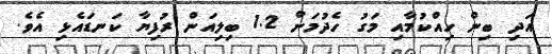
އަދި ބިން ހިއްކުމާއި މަގު ހެދުމަށް 1.2 ބިލިއަން ރުފިޔާ ކަނޑައެޅި އެވެ.